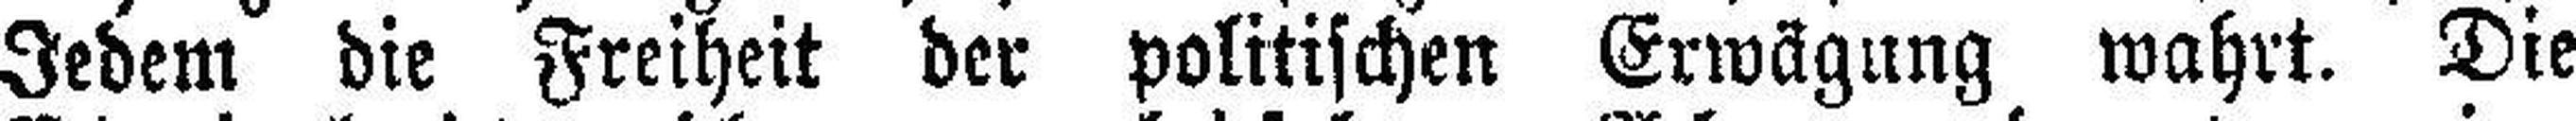
Jedem die Freiheit der politischen Erwägung wahrt. Die